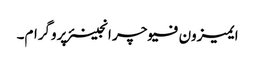
ایمیزون فیوچر انجینئر پروگرام۔